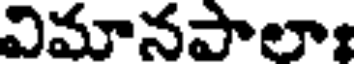
విమానపాలా